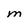
Character: M